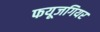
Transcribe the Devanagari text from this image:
फयूजगियर